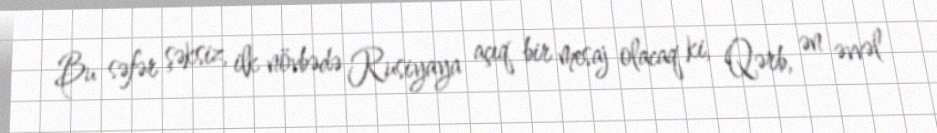
Bu səfər şəksiz, ilk növbədə Rusiyaya açıq bir mesaj olacaq ki, Qərb, ən əvvəl